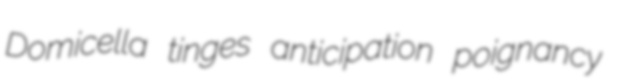
Domicella tinges anticipation poignancy